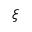
\xi